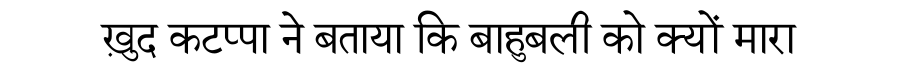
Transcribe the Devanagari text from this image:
ख़ुद कटप्पा ने बताया कि बाहुबली को क्यों मारा